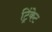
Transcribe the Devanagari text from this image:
ट्रिंकेट